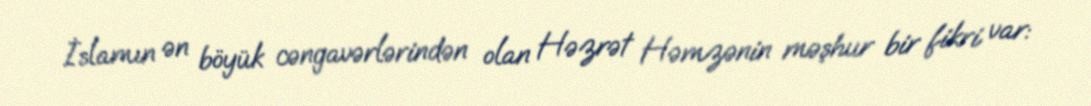
İslamın ən böyük cəngavərlərindən olan Həzrət Həmzənin məşhur bir fikri var: